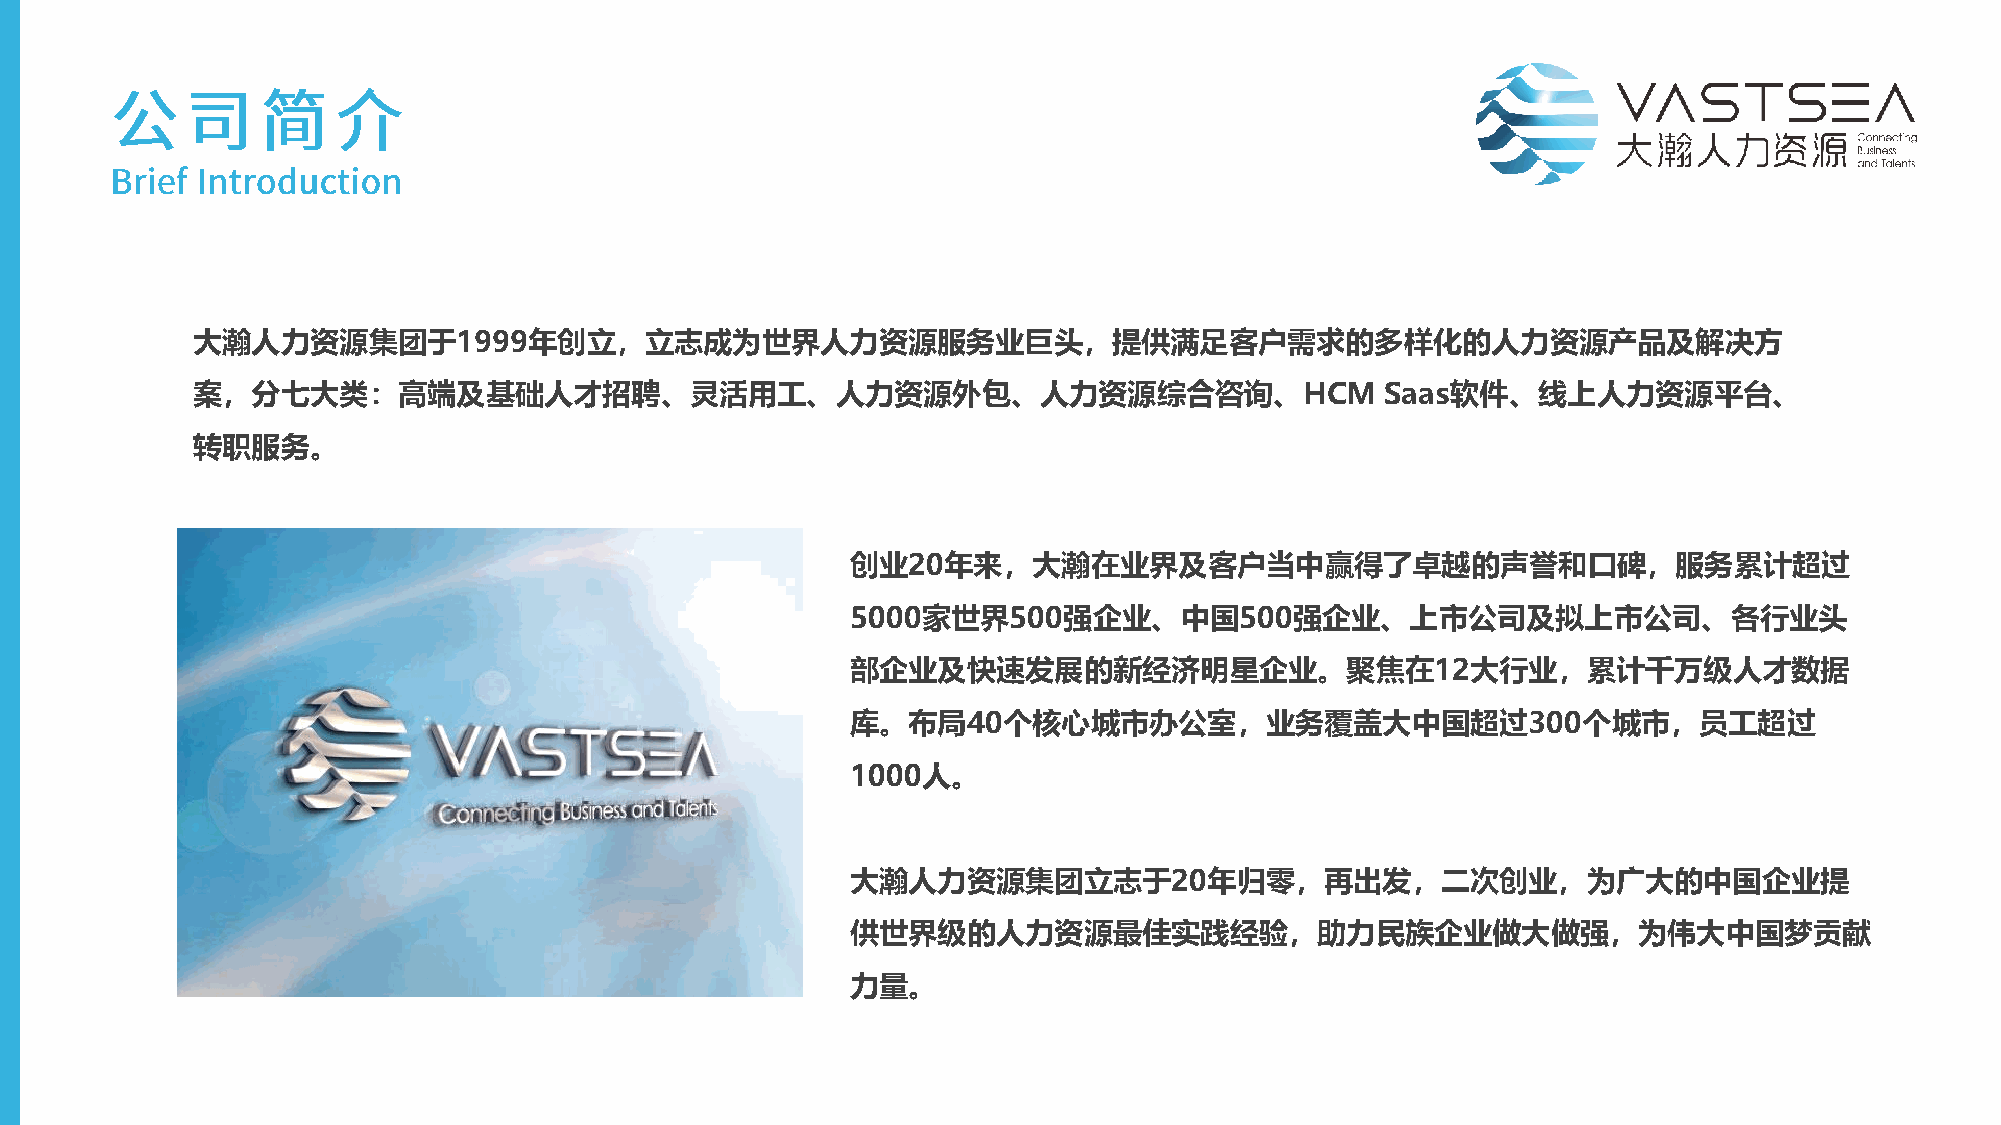
大瀚人力资源集团于1999年创立，立志成为世界人力资源服务业巨头，提供满足客户需求的多样化的人力资源产品及解决方
 案，分七大类：高端及基础人才招聘、灵活用工、人力资源外包、人力资源综合咨询、HCM                                      Saas软件、线上人力资源平台、
 转职服务。
 创业20年来，大瀚在业界及客户当中赢得了卓越的声誉和口碑，服务累计超过
 5000家世界500强企业、中国500强企业、上市公司及拟上市公司、各行业头
 部企业及快速发展的新经济明星企业。聚焦在12大行业，累计千万级人才数据
 库。布局40个核心城市办公室，业务覆盖大中国超过300个城市，员工超过
 1000人。
 大瀚人力资源集团立志于20年归零，再出发，二次创业，为广大的中国企业提
 供世界级的人力资源最佳实践经验，助力民族企业做大做强，为伟大中国梦贡献
 力量。